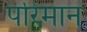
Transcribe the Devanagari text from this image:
परिमान